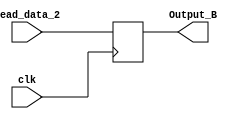
`timescale 1ns / 1ps

module Register_B(input [31:0] Read_data_2, output reg [31:0] Output_B, input clk);
    always@(posedge clk)
    begin
     Output_B = Read_data_2;
    end
endmodule